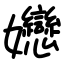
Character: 㜻